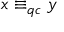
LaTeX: x \equiv _ { q c } y